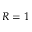
R = 1